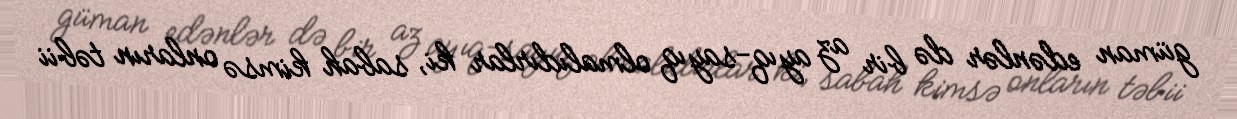
güman edənlər də bir az ayıq-sayıq olmalıdırlar ki, sabah kimsə onların təbii